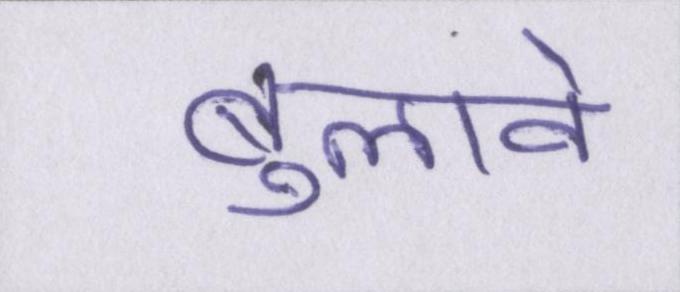
बुलावे